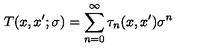
T ( x , x ^ { \prime } ; \sigma ) = \sum _ { n = 0 } ^ { \infty } \tau _ { n } ( x , x ^ { \prime } ) \sigma ^ { n }